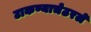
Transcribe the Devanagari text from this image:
टाकण्याचेठरले